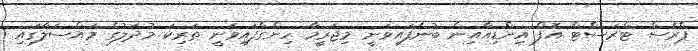
ޕްރެސް ޓްރަސްޓް އޮފް އިންޑިއާއިން ބުނެފައިވަނީ މިޖަރީމާ ހިންގާފައިވަނީ ތަރިކަ މުދަލުގެ މައްސަލާގައި